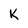
Character: k